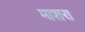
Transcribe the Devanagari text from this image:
माशरा